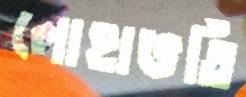
লোহাভর্তি